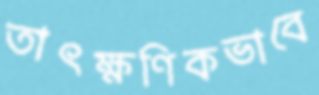
তাৎক্ষণিকভাবে